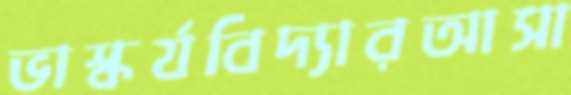
ভাস্কর্যবিদ্যারআসা